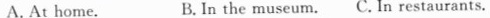
A. At home. B. In the museum.C. In restaurants.